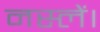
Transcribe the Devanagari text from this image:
नस्लें।